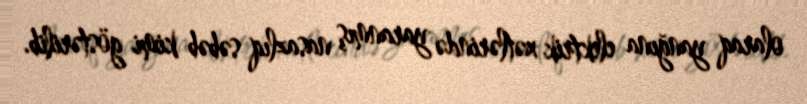
olaraq yanğına elektrik xətlərində yaranmış nasazlıq səbəb kimi göstərilib.